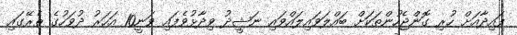
ފައިދާއަށް ހުރި ގޮންޖެހުންތަކަށް ބައްލަވައިލައްވައި ނަޝީދު ވިދާޅުވެފައި ވަނީ10 އަހަރު ދުވަހުގެ ތެރޭގައި